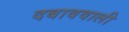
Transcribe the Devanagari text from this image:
दबाववाली